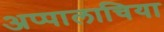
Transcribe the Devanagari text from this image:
अप्पालाचिया